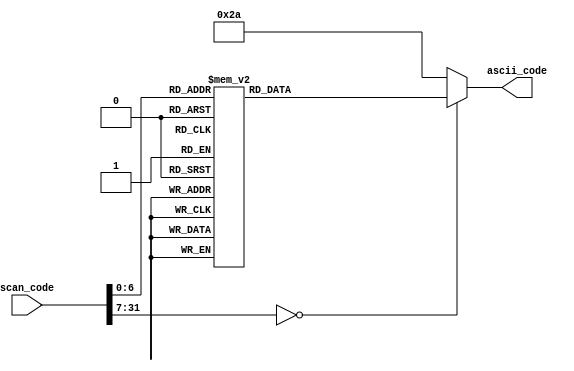
`timescale 1ns / 1ps
//////////////////////////////////////////////////////////////////////////////////
// Company: 
// Engineer: 
// 
// Design Name: 
// Module Name: ascii_decoder
// Project Name: 
// Target Devices: 
// Tool Versions: 
// Description: 
// 
// Dependencies: 
// 
// Revision:
// Revision 0.01 - File Created
// Additional Comments: Based on guide from: https://embeddedthoughts.com/2016/07/05/fpga-keyboard-interface/
// 
//////////////////////////////////////////////////////////////////////////////////


module ascii_decoder(
		//input wire letter_case,
		input wire [31:0] scan_code,
		output reg [7:0] ascii_code
	);
	
	
	
always @*
		begin
		case(scan_code)
			8'h45: ascii_code = 8'h30;   // 0
			8'h16: ascii_code = 8'h31;   // 1
			8'h1e: ascii_code = 8'h32;   // 2
			8'h26: ascii_code = 8'h33;   // 3
			8'h25: ascii_code = 8'h34;   // 4
			8'h2e: ascii_code = 8'h35;   // 5
			8'h36: ascii_code = 8'h36;   // 6
			8'h3d: ascii_code = 8'h37;   // 7
			8'h3e: ascii_code = 8'h38;   // 8
			8'h46: ascii_code = 8'h39;   // 9
			8'h1c: ascii_code = 8'h61;   // a
			8'h32: ascii_code = 8'h62;   // b
			8'h21: ascii_code = 8'h63;   // c
			8'h23: ascii_code = 8'h64;   // d
			8'h24: ascii_code = 8'h65;   // e
			8'h2b: ascii_code = 8'h66;   // f
			8'h34: ascii_code = 8'h67;   // g
			8'h33: ascii_code = 8'h68;   // h
			8'h43: ascii_code = 8'h69;   // i
			8'h3b: ascii_code = 8'h6A;   // j
			8'h42: ascii_code = 8'h6B;   // k
			8'h4b: ascii_code = 8'h6C;   // l
			8'h3a: ascii_code = 8'h6D;   // m
			8'h31: ascii_code = 8'h6E;   // n
			8'h44: ascii_code = 8'h6F;   // o
			8'h4d: ascii_code = 8'h70;   // p
			8'h15: ascii_code = 8'h71;   // q
			8'h2d: ascii_code = 8'h72;   // r
			8'h1b: ascii_code = 8'h73;   // s
			8'h2c: ascii_code = 8'h74;   // t
			8'h3c: ascii_code = 8'h75;   // u
			8'h2a: ascii_code = 8'h76;   // v
			8'h1d: ascii_code = 8'h77;   // w
			8'h22: ascii_code = 8'h78;   // x
			8'h35: ascii_code = 8'h79;   // y
			8'h1a: ascii_code = 8'h7A;   // z
			8'h0e: ascii_code = 8'h60;   // `
			8'h4e: ascii_code = 8'h2D;   // -
			8'h55: ascii_code = 8'h3D;   // =
			8'h54: ascii_code = 8'h5B;   // [
			8'h5b: ascii_code = 8'h5D;   // ]
			8'h5d: ascii_code = 8'h5C;   // \
			8'h4c: ascii_code = 8'h3B;   // ;
			8'h52: ascii_code = 8'h27;   // '
			8'h41: ascii_code = 8'h2C;   // ,
			8'h49: ascii_code = 8'h2E;   // .
			8'h4a: ascii_code = 8'h2F;   // /
			8'h29: ascii_code = 8'h20;   // space
			8'h5a: ascii_code = 8'h0D;   // enter
			8'h66: ascii_code = 8'h08;   // backspace
			8'h0D: ascii_code = 8'h09;   // horizontal tab	
			
			default: ascii_code = 8'h2A; // *
		endcase
		end
endmodule